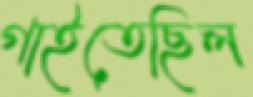
গাইতেছিল